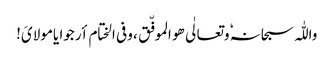
واللّٰہ سبحانہٗ وتعالٰی ھو الموفّق ، وفی الختام أرجوا یامولایَ!